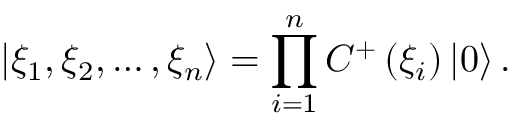
\left| \xi _ { 1 } , \xi _ { 2 } , \ldots , \xi _ { n } \right\rangle = \prod _ { i = 1 } ^ { n } C ^ { + } \left( \xi _ { i } \right) \left| 0 \right\rangle .